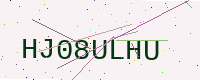
Text: HJ08ULHU